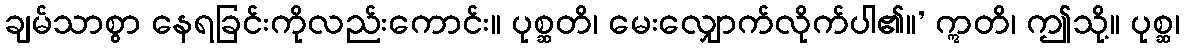
ချမ်သာစွာ နေရခြင်းကိုလည်းကောင်း။ ပုစ္ဆတိ၊ မေးလျှောက်လိုက်ပါ၏။’ ဣတိ၊ ဤသို့။ ပုစ္ဆ၊